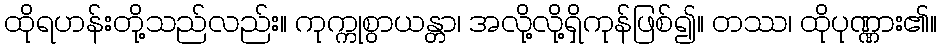
ထိုရဟန်းတို့သည်လည်း။ ကုက္ကုစွာယန္တာ၊ အလို့လို့ရှိကုန်ဖြစ်၍။ တဿ၊ ထိုပုဏ္ဏား၏။